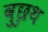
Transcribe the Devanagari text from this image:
वुछुथ